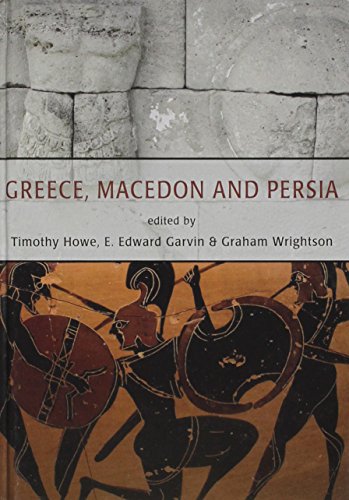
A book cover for Greece, Macedon and Persia; History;